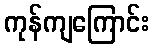
ကုန်ကျကြောင်း